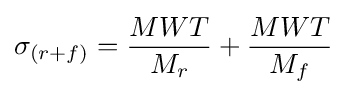
\sigma _{(r+f)}={\frac {MWT}{M_{r}}}+{\frac {MWT}{M_{f}}}